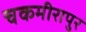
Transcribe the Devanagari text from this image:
चकमीरापुर